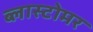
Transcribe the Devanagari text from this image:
ब्लास्टोमर